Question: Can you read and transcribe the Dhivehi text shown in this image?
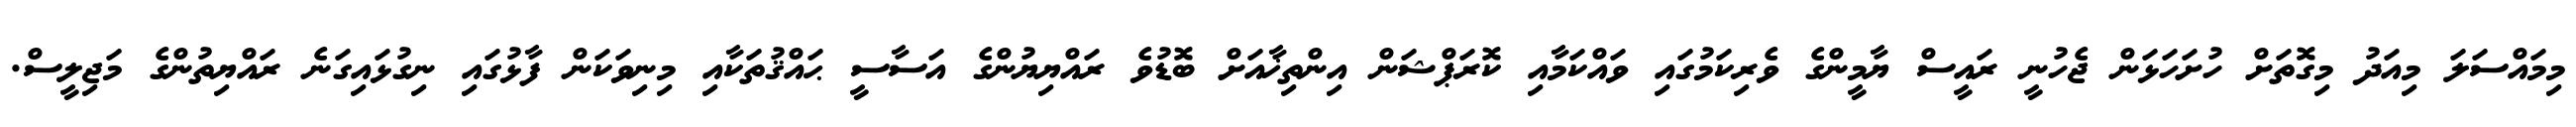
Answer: މިމައްސަލަ މިއަދު މިގޮތަށް ހުށަހަޅަން ޖެހުނީ ރައީސް ޔާމީންގެ ވެރިކަމުގައި ވައްކަމާއި ކޮރަޕްޝަން އިންތިޚާއަށް ބޮޑުވެ ރައްޔިޔުންގެ އަސާސީ ޙައްޤުތަކާއި މިނިވަކަން ފާޅުގައި ނިގުޅައިގަނެ ރައްޔިތުންގެ މަޖިލީސް.